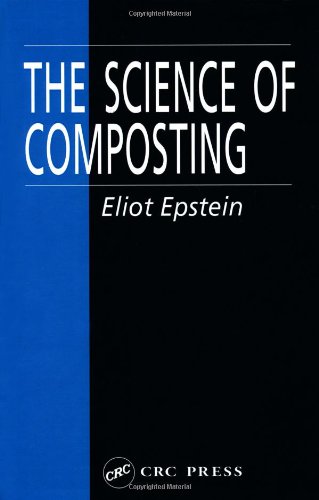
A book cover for The Science of Composting; Eliot Epstein; Science & Math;